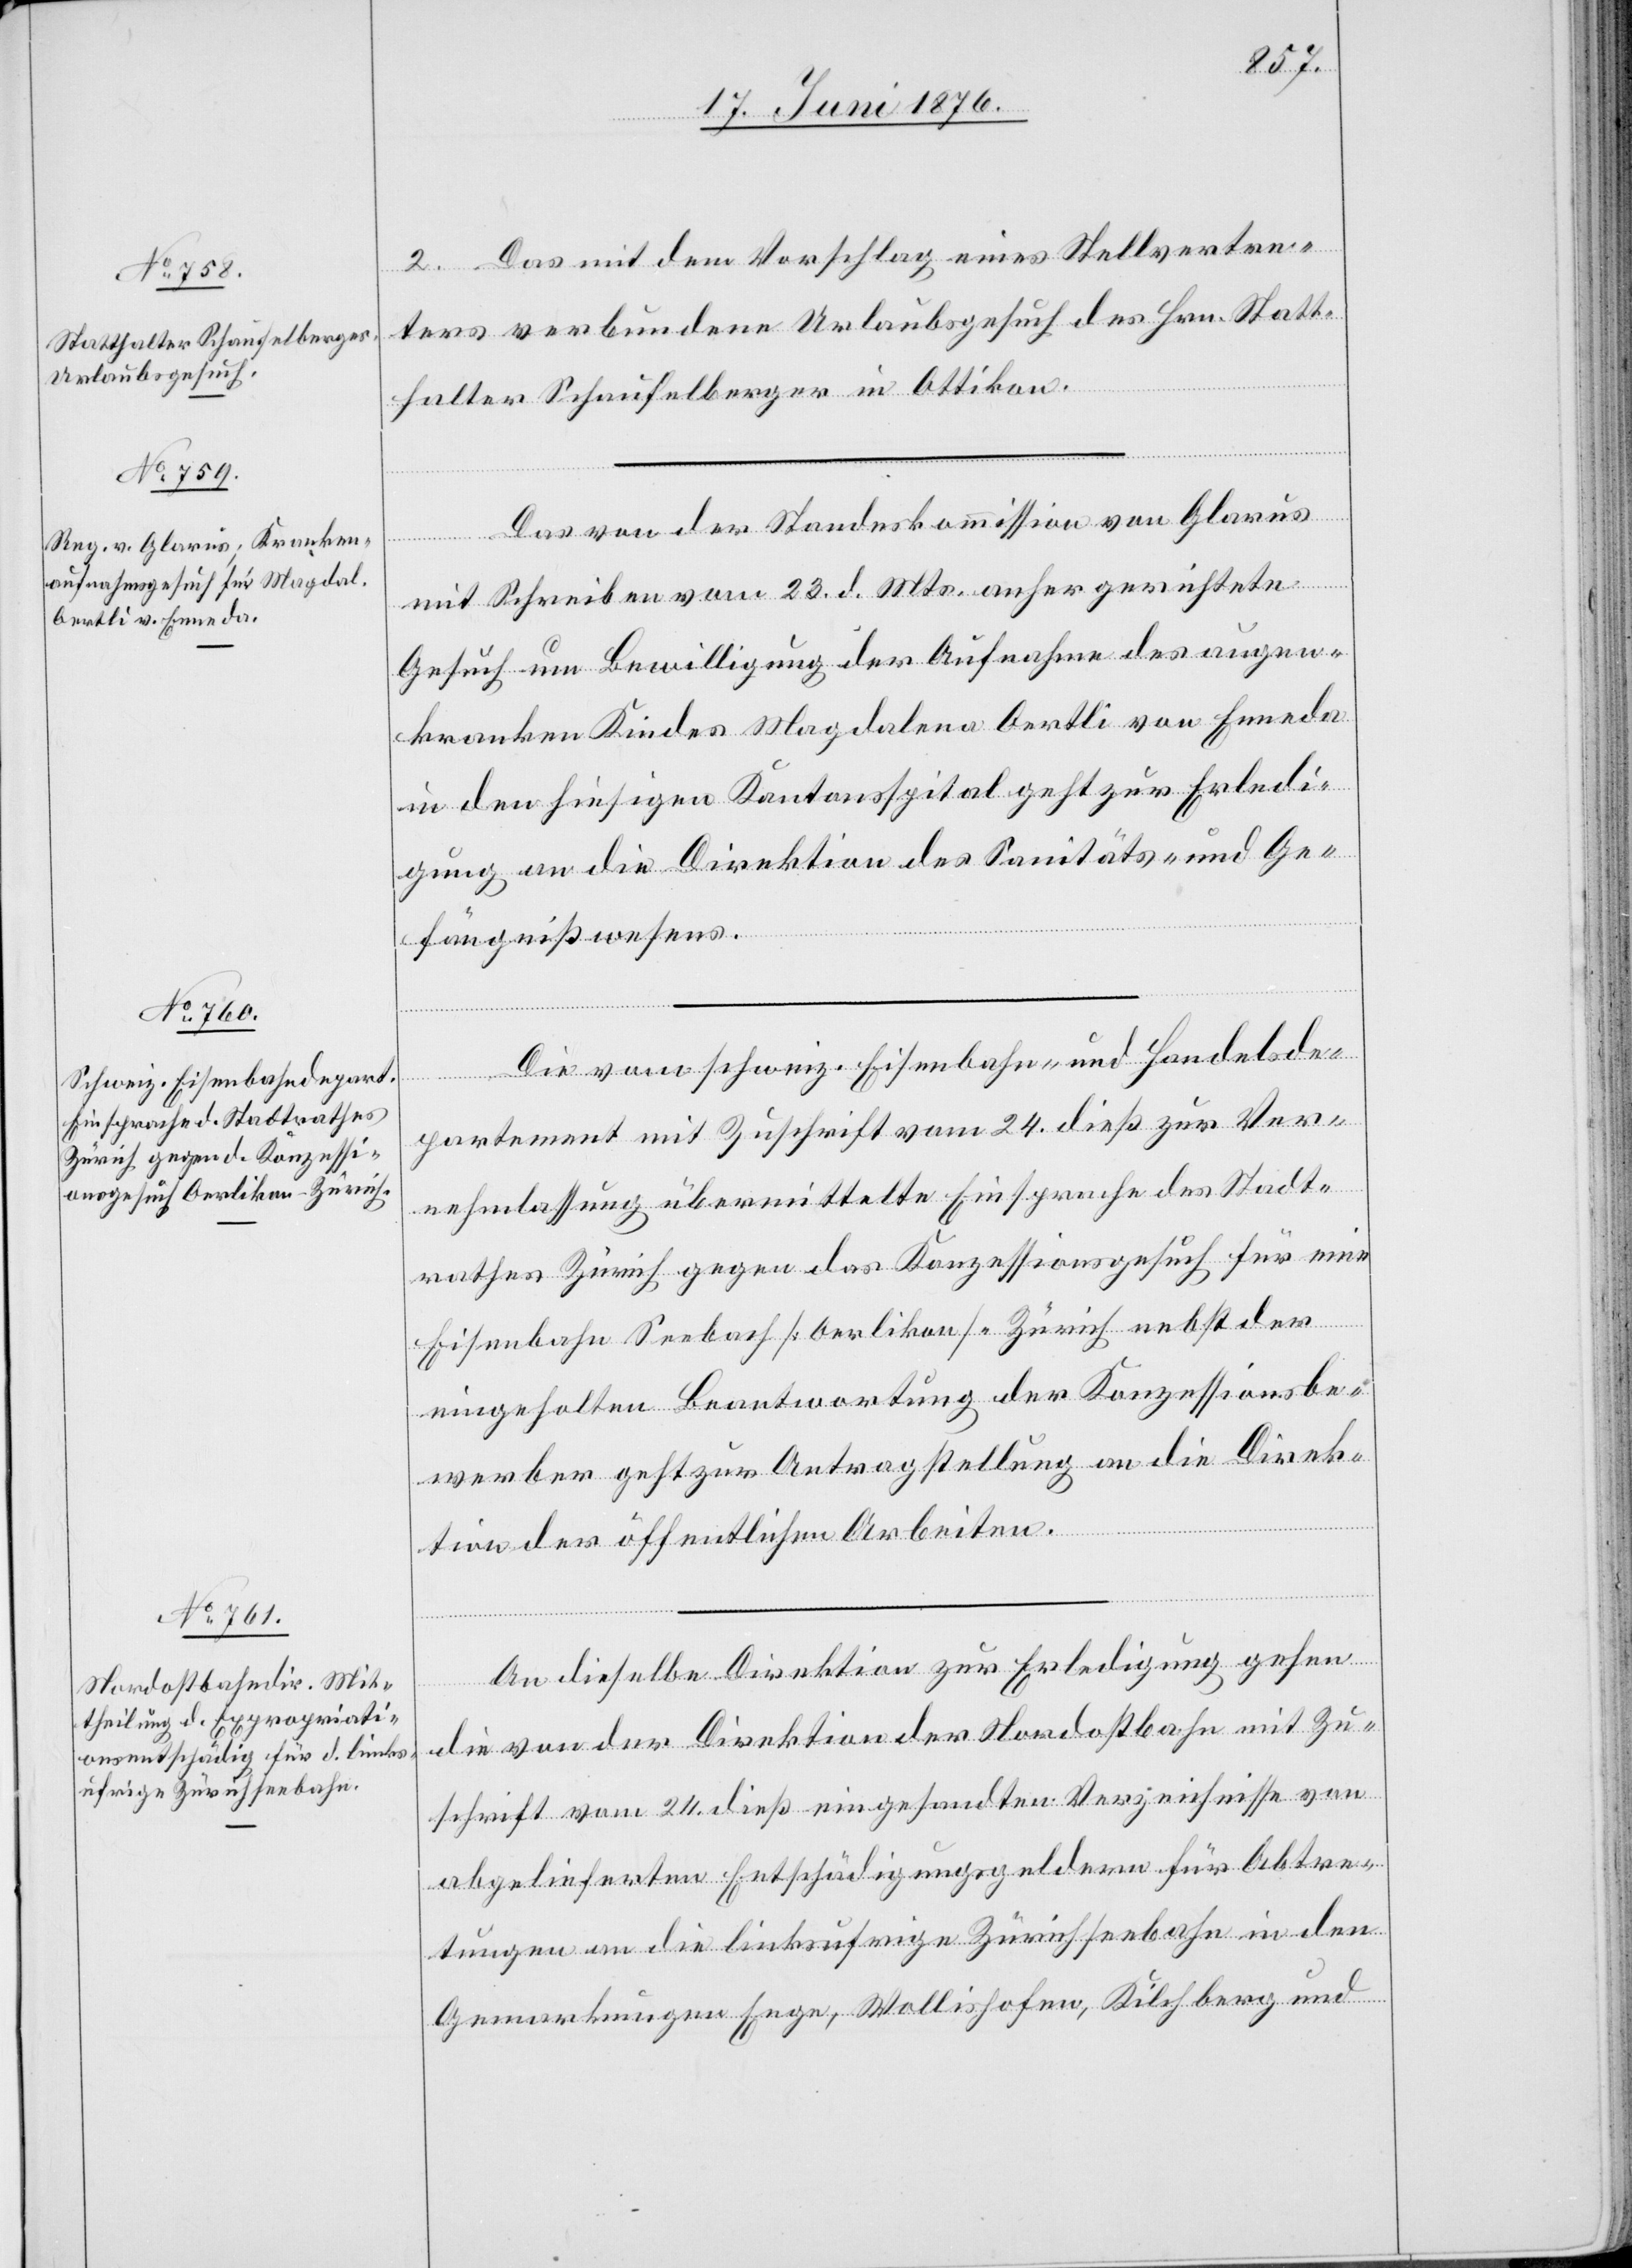
26. Juni 1876.]
2. Das mit dem Vorschlag eines Stellvertre¬
ters verbundene Urlaubsgesuch des Hrn. Statt¬
halter Schaufelberger in Ottikon.
Das von der Standeskommission von Glarus
mit Schreiben vom 23. d. Mts. anher gerichtete
Gesuch um Bewilligung der Aufnahme des augen¬
kranken Kindes Magdalena Oertli von Enneda
in den hiesigen Kantonsspital geht zur Erledi¬
gung an die Direktion des Sanitäts- und Ge¬
fängnißwesens.
Die vom schweiz. Eisenbahn- und Handelsde¬
partement mit Zuschrift vom 24. dieß zur Ver¬
nehmlassung übermittelte Einsprache des Stadt¬
rathes Zürich gegen das Konzessionsgesuch für eine
Eisenbahn Seebach [Oerlikon] - Zürich nebst der
eingeholten Beantwortung der Konzessionsbe¬
werber geht zur Antragstellung an die Direk¬
tion der öffentlichen Arbeiten.
An dieselbe Direktion zur Erledigung gehen
die von der Direktion der Nordostbahn mit Zu¬
schrift vom 24. dieß eingesandten Verzeichnisse von
abgelieferten Entschädigungsgeldern für Abtre¬
tungen an die linksufrige Zürichseebahn in den
Gemarkungen Enge, Wollishofen, Kilchberg und